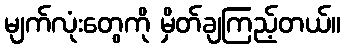
မျက်လုံးတွေကို မှိတ်ချကြည့်တယ်။